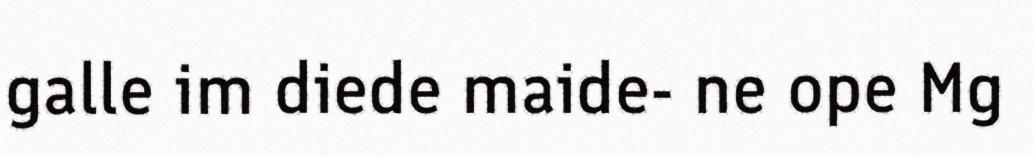
galle im diede maide- ne ope Mg